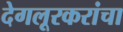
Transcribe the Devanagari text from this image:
देगलूरकरांचा